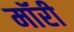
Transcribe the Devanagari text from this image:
मॉरी